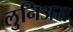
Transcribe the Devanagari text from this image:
लुनिअस